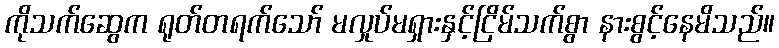
ကိုသက်ဆွေက ရုတ်တရက်သော် မလှုပ်မရှားနှင့်ငြိမ်သက်စွာ နားစွင့်နေမိသည်။